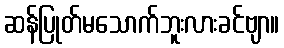
ဆန်ပြုတ်မသောက်ဘူးလားခင်ဗျာ။